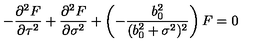
- \frac { { \partial } ^ { 2 } F } { { \partial } \tau ^ { 2 } } + \frac { { \partial } ^ { 2 } F } { { \partial } \sigma ^ { 2 } } + \left( - \frac { b _ { 0 } ^ { 2 } } { ( b _ { 0 } ^ { 2 } + \sigma ^ { 2 } ) ^ { 2 } } \right) F = 0